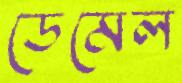
ডেমেল